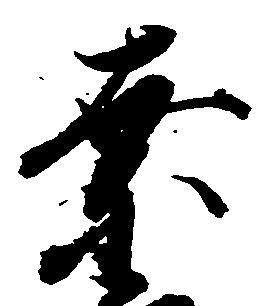
奈